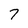
Character: 7